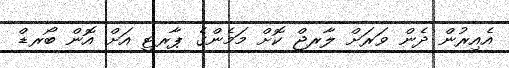
އެއިރުން ދެން ވަރަށް ލާރޖް ކޮށް މަމެންގެ ޕާރޓީ އަށް އޮން ބޯރޑް